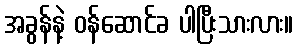
အခွန်နဲ့ ဝန်ဆောင်ခ ပါပြီးသားလား။